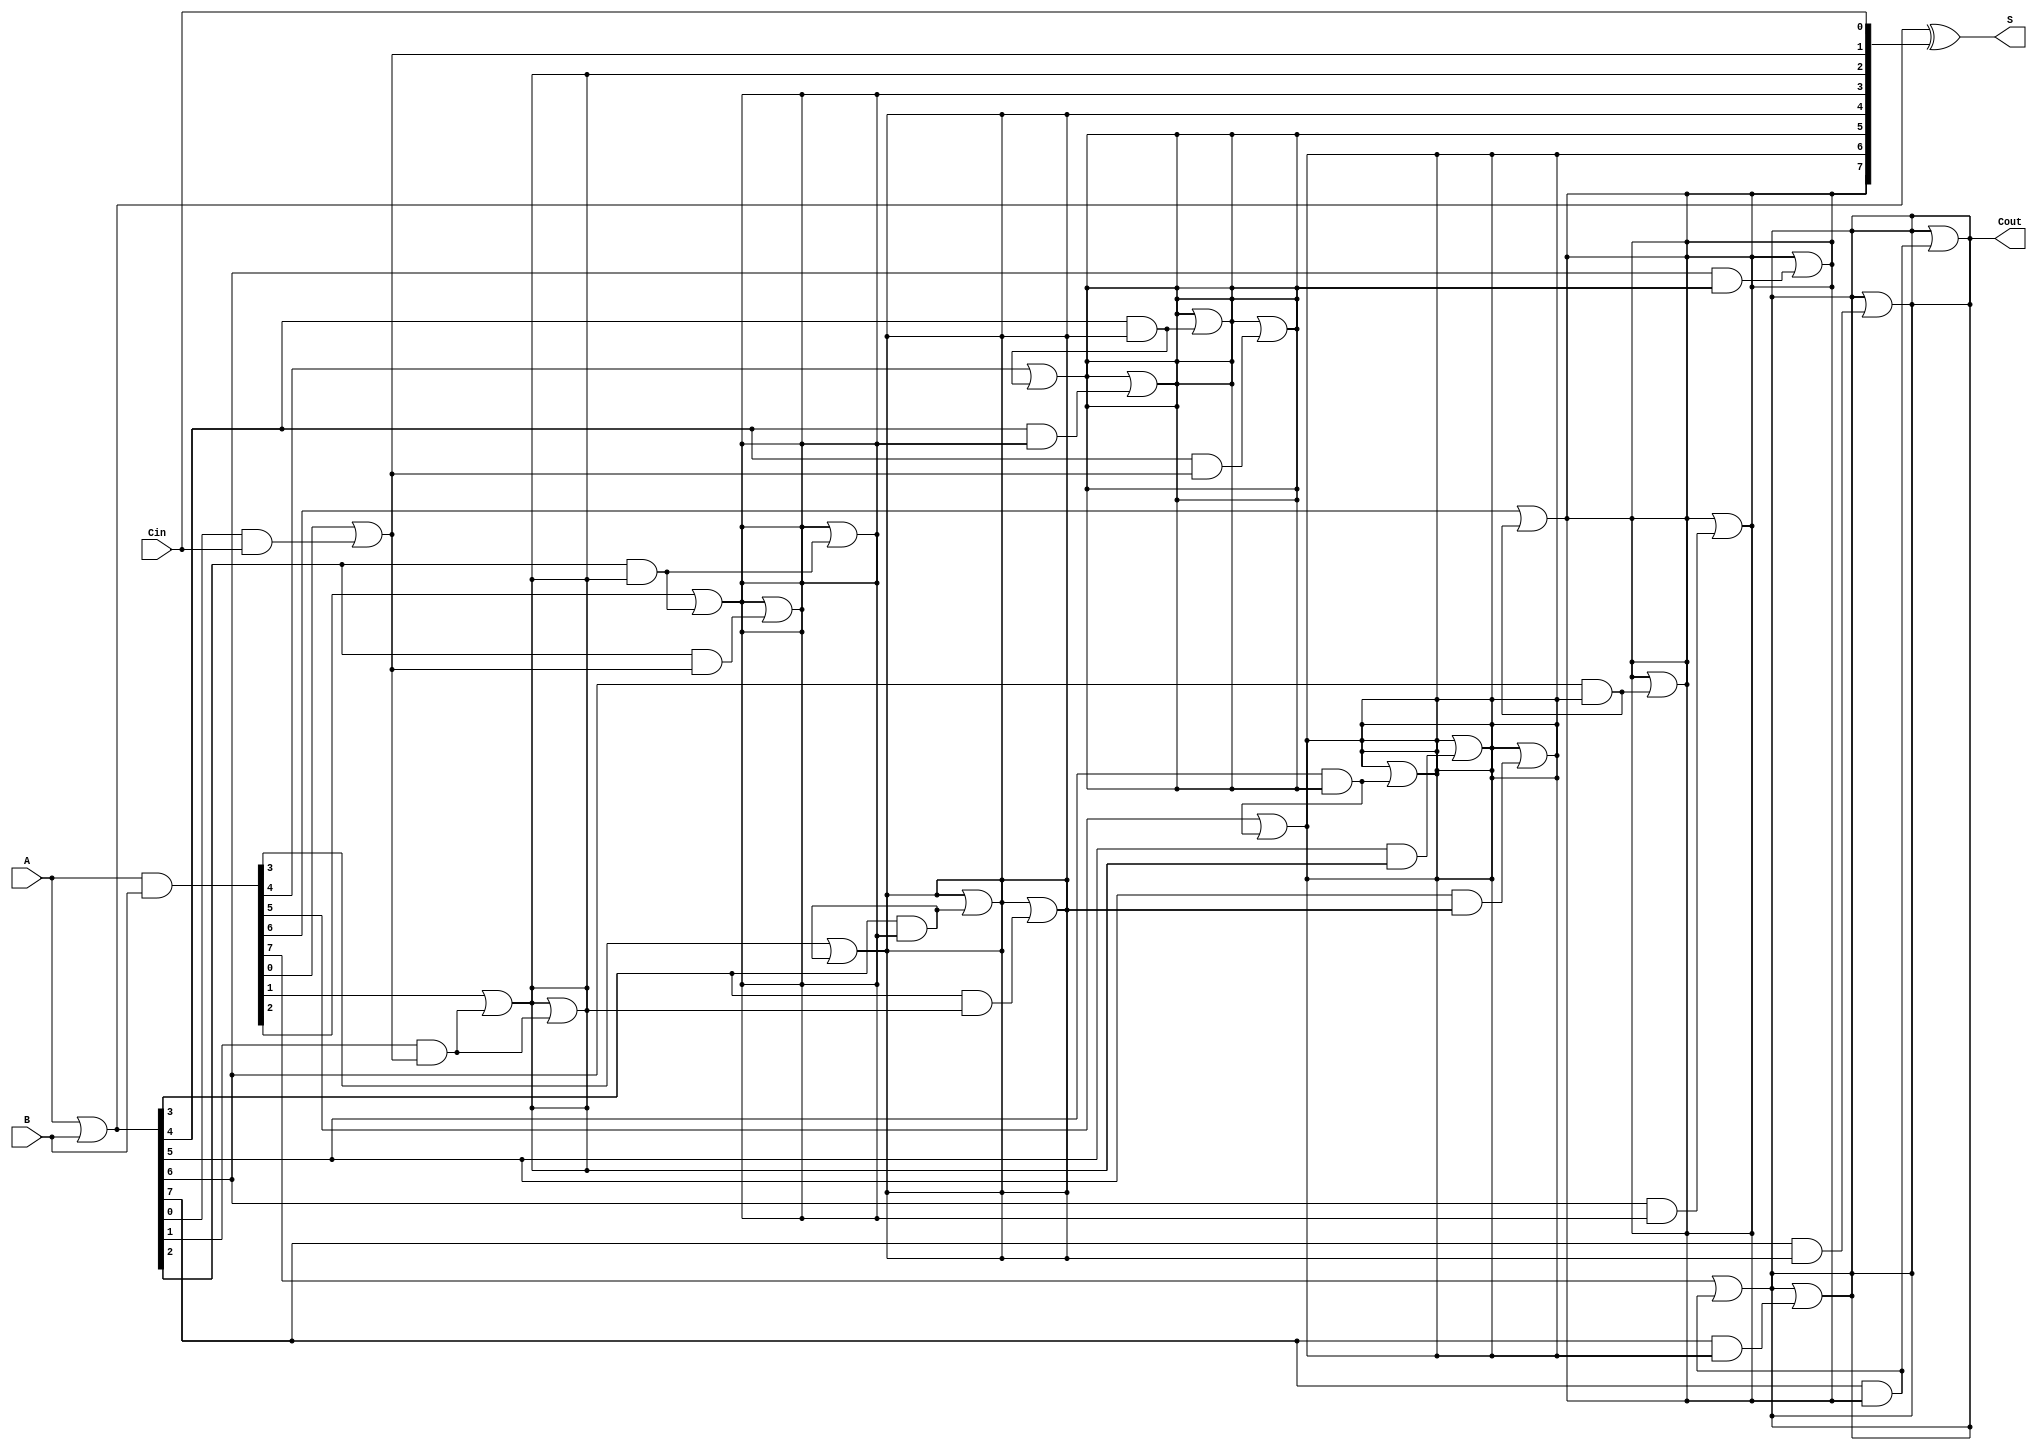
module brent_kung_adder #(parameter N = 8) (
    input  [N-1:0] A,      // First operand
    input  [N-1:0] B,      // Second operand
    input          Cin,     // Carry input
    output [N-1:0] S,      // Sum output
    output         Cout     // Carry output
);

    // Generate and propagate signals
    wire [N-1:0] G; // Generate
    wire [N-1:0] P; // Propagate
    wire [N:0] C;   // Carry signals

    // Generate and propagate calculations
    assign G = A & B; // Generate
    assign P = A | B; // Propagate

    // Carry generation using Brent-Kung logic
    assign C[0] = Cin; // Initial carry input

    genvar i, j;
    generate
        // First level of carry generation
        for (i = 0; i < N; i = i + 1) begin : carry_gen_level1
            assign C[i + 1] = G[i] | (P[i] & C[i]);
        end

        // Higher levels of carry generation
        for (j = 1; j < N; j = j * 2) begin : carry_gen_higher_levels
            for (i = 0; i < N; i = i + 1) begin : carry_gen_inner
                if (i >= j) begin
                    assign C[i + 1] = C[i + 1] | (P[i] & C[i - j + 1]);
                end
            end
        end
    endgenerate

    // Sum calculation
    assign S = P ^ {C[N-1:0]}; // Sum bits
    assign Cout = C[N]; // Final carry out

endmodule